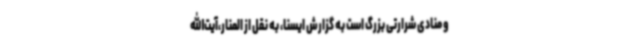
و منادی شرارتی بزرگ است به گزارش ایسنا، به نقل از المنار،آیت‌الله